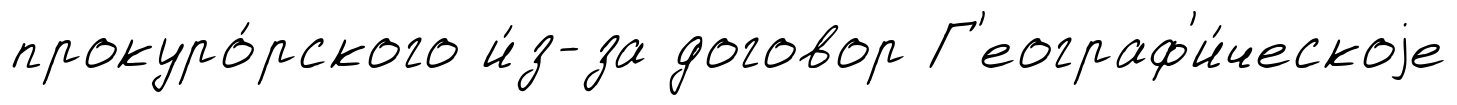
прокуро́рского и́з-за договор Г'еограф'и́ческоjе